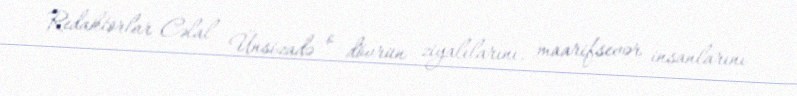
Redaktorlar Cəlal Ünsizadə o dövrün ziyalılarını, maarifsevər insanlarını